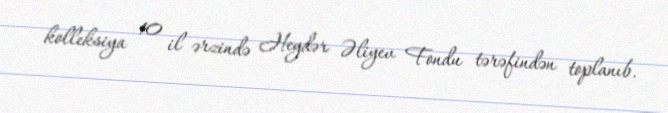
kolleksiya 10 il ərzində Heydər Əliyev Fondu tərəfindən toplanıb.